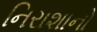
નિરાશાનો